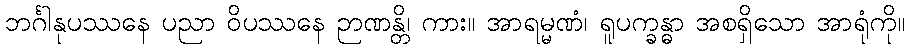
ဘင်္ဂါနုပဿနေ ပညာ ဝိပဿနေ ဉာဏန္တိ၊ ကား။ အာရမ္မဏံ၊ ရူပက္ခန္ဓာ အစရှိသော အာရုံကို။